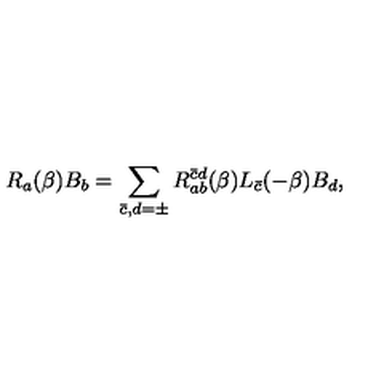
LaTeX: R _ { a } ( \beta ) B _ { b } = \sum _ { \bar { c } , d = \pm } R _ { a b } ^ { \bar { c } d } ( \beta ) L _ { \bar { c } } ( - \beta ) B _ { d } ,